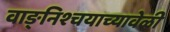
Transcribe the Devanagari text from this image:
वाङ्‌निश्चयाच्यावेळी